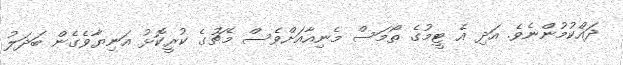
ދައްކުމުންނެވެ. އަދި އެ ޓީމުގެ ތޯމަސް މެނިއާއަށްވެސް މެޗުގެ ކުރީކޮޅު އަނިޔާވެގެން ބަދަލު